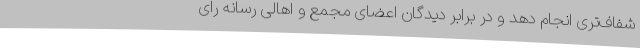
شفاف‌تری انجام دهد و در برابر دیدگان اعضای مجمع و اهالی رسانه رای